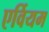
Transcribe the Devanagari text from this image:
एर्वियम